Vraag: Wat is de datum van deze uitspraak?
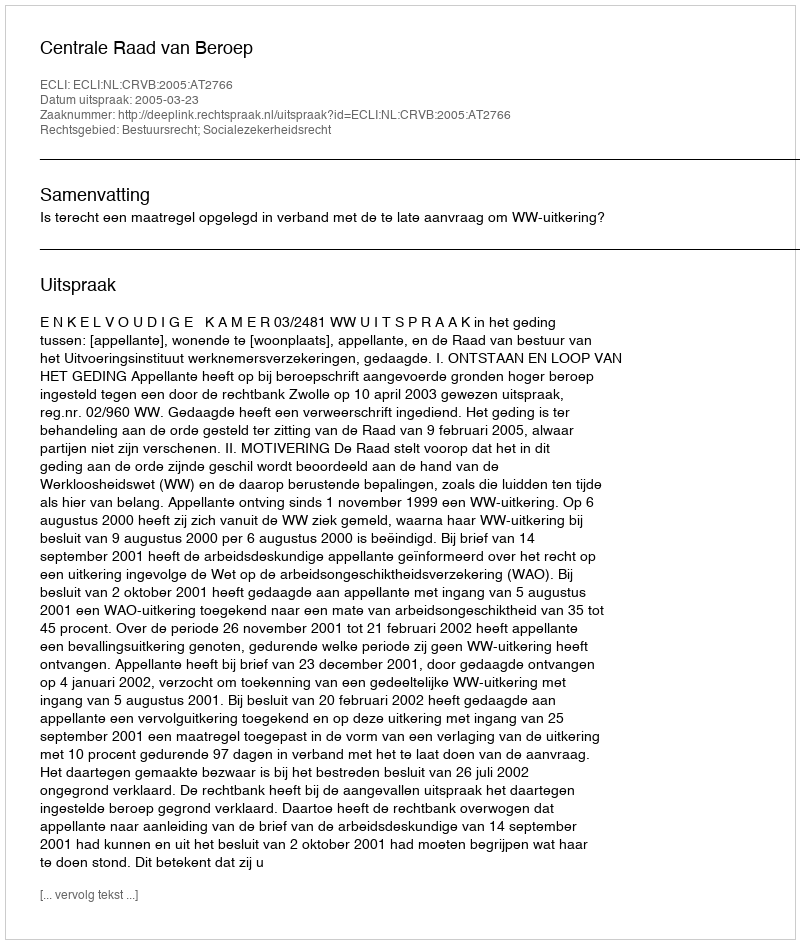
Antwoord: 2005-03-23